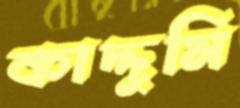
কাদ্দুমি